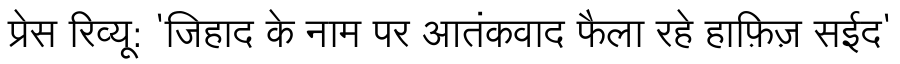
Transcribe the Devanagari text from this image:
प्रेस रिव्यू: 'जिहाद के नाम पर आतंकवाद फैला रहे हाफ़िज़ सईद'